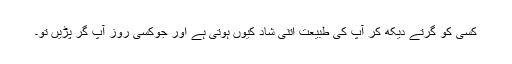
کسی کو گرتے دیکھ کر آپ کی طبیعت اتنی شاد کیوں ہوتی ہے اور جوکسی روز آپ گر پڑیں تو۔